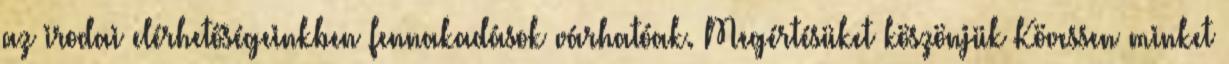
az irodai elérhetőségeinkben fennakadások várhatóak. Megértésüket köszönjük Kövessen minket